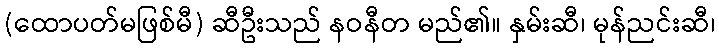
(ထောပတ်မဖြစ်မီ) ဆီဦးသည် နဝနီတ မည်၏။ နှမ်းဆီ၊ မုန်ညင်းဆီ၊